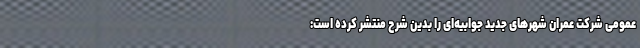
عمومی شرکت عمران شهرهای جدید جوابیه‌ای را بدین شرح منتشر کرده است: